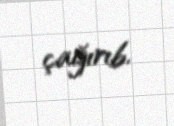
çağırıb.